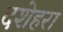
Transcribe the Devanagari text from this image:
दशेहरा